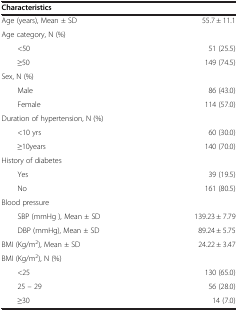
<table><thead><tr><td><b>Characteristics</b></td><td><b> </b></td></tr></thead><tbody><tr><td>Age (years), Mean ± SD</td><td>55.7 ± 11.1</td></tr><tr><td>Age category, N (%)</td><td> </td></tr><tr><td>&lt;50</td><td>51 (25.5)</td></tr><tr><td>≥50</td><td>149 (74.5)</td></tr><tr><td>Sex, N (%)</td><td> </td></tr><tr><td>Male</td><td>86 (43.0)</td></tr><tr><td>Female</td><td>114 (57.0)</td></tr><tr><td>Duration of hypertension, N (%)</td><td> </td></tr><tr><td>&lt;10 yrs</td><td>60 (30.0)</td></tr><tr><td>≥10years</td><td>140 (70.0)</td></tr><tr><td>History of diabetes</td><td> </td></tr><tr><td>Yes</td><td>39 (19.5)</td></tr><tr><td>No</td><td>161 (80.5)</td></tr><tr><td>Blood pressure</td><td> </td></tr><tr><td>SBP (mmHg ), Mean ± SD</td><td>139.23 ± 7.79</td></tr><tr><td>DBP (mmHg), Mean ± SD</td><td>89.24 ± 5.75</td></tr><tr><td>BMI (Kg/m<sup>2</sup>), Mean ± SD</td><td>24.22 ± 3.47</td></tr><tr><td>BMI (Kg/m<sup>2</sup>), N (%)</td><td> </td></tr><tr><td>&lt;25</td><td>130 (65.0)</td></tr><tr><td>25 – 29</td><td>56 (28.0)</td></tr><tr><td>≥30</td><td>14 (7.0)</td></tr></tbody></table>